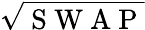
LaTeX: \sqrt{\mathrm{~S~W~A~P~}}